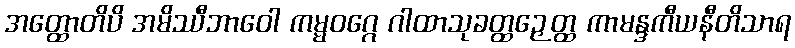
အတ္ထောတိပိ အမိဿီဘာဝေါ ကမ္မဝဂ္ဂေ ဂါထာသုခတ္ထဉှေတ္ထ ကာမန္ဒကီယနီတိသာရ